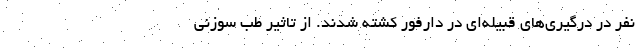
نفر در درگیری‌های قبیله‌ای در دارفور کشته شدند. از تاثیر طب سوزنی